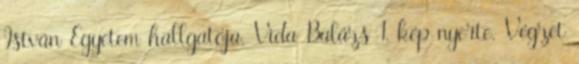
István Egyetem hallgatója, Vida Balázs 1. kép nyerte. Végzet